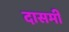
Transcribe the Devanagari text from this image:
दासमी